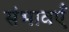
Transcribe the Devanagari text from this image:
संभावएँ